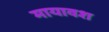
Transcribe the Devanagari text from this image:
मायावश